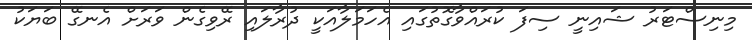
މިނިސްޓަރު ޝައިނީ ސިފަ ކުރައްވާގޮތުގައި އެހަމަލާއަކީ ދުރާލައި ރޭވިގެން ވަރަށް އެނގޭ ބަޔަކު